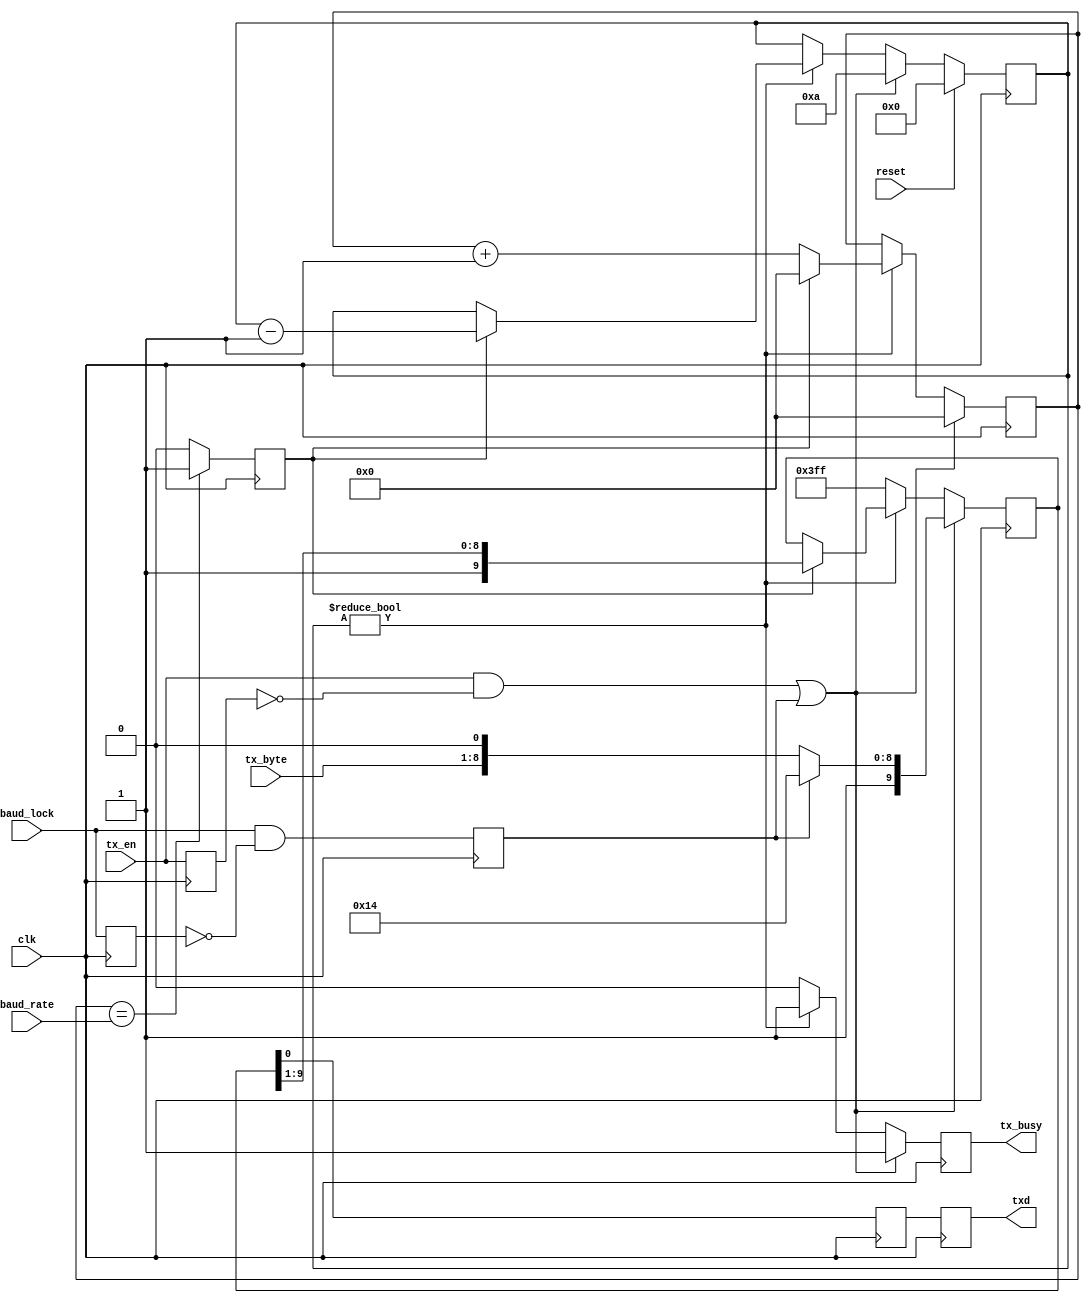
/* ****************************************************************************
-- (C) Copyright 2015 Black Mesa Labs
-- Source file: mesa_tx_uart.v                
-- Date:        June 1, 2015   
-- Author:      khubbard
-- Description: TX only 1/2 of UART for transmitting Wo bytes.
-- Language:    Verilog-2001 
-- License:     This project is licensed with the CERN Open Hardware Licence
--              v1.2.  You may redistribute and modify this project under the
--              terms of the CERN OHL v.1.2. (http://ohwr.org/cernohl).
--              This project is distributed WITHOUT ANY EXPRESS OR IMPLIED
--              WARRANTY, INCLUDING OF MERCHANTABILITY, SATISFACTORY QUALITY
--              AND FITNESS FOR A PARTICULAR PURPOSE. Please see the CERN OHL
--              v.1.2 for applicable Conditions.
--
-- RXD    \START/<D0><D1><D2><..><D7>/STOP
-- Design Statistics after Packing
-- en_clr_lock = 1;
--    Number of LUTs  : 190 / 384
--    Number of DFFs  : 110 / 384
--
-- Revision History:
-- Ver#  When      Who      What
-- ----  --------  -------- ---------------------------------------------------
-- 0.1   06.01.15  khubbard Creation
-- ***************************************************************************/
//`default_nettype none // Strictly enforce all nets to be declared
                                                                                
module mesa_tx_uart
(
  input  wire         reset,
  input  wire         clk,
  input  wire [7:0]   tx_byte,
  input  wire         tx_en,
  output reg          tx_busy,
  output reg          txd,
  input  wire         baud_lock,
  input  wire [15:0]  baud_rate
); // module mesa_tx_uart


  reg  [15:0]   tx_cnt_16b;
  reg  [3:0]    tx_bit_cnt;
  reg  [9:0]    tx_sr;
  reg           txd_loc;
  reg           tx_shift;
  reg           tx_now;
  reg           tx_en_p1;
  reg           baud_lock_p1;
  reg           send_lf;


//-----------------------------------------------------------------------------
// TX : Load 8bits into 10bit SR and shift out at the RX baud rate    
//-----------------------------------------------------------------------------
always @ ( posedge clk ) begin : proc_tx 
 begin
  tx_shift     <= 0;
  tx_busy      <= 0;
  txd          <= txd_loc;
  txd_loc      <= tx_sr[0];
  tx_now       <= 0;
  tx_en_p1     <= tx_en;
  baud_lock_p1 <= baud_lock;   
  send_lf      <= baud_lock & ~ baud_lock_p1;

  // Load a new Byte to send
  if ( ( tx_en == 1 && tx_en_p1 == 0 ) || ( send_lf == 1 )  ) begin
    tx_bit_cnt <= 4'd10;
    tx_cnt_16b <= 16'h0000;
    tx_busy    <= 1;
    tx_shift   <= 1;
    tx_sr[9:0] <= { 1'b1, tx_byte[7:0], 1'b0 };
    if ( send_lf == 1 ) begin
      tx_sr[9:0] <= { 1'b1, 8'h0A , 1'b0 };// Used for autobauding next node
    end 

  // Shift and send the byte until bit_cnt goes to 0
  end else if ( tx_bit_cnt != 4'd0 ) begin
    tx_cnt_16b <= tx_cnt_16b + 1;
    tx_busy    <= 1;
    if ( tx_now == 1 ) begin
      tx_shift   <= 1;
      tx_bit_cnt <= tx_bit_cnt[3:0] - 1;
      tx_cnt_16b <= 16'h0000;
      tx_sr[9:0] <= { 1'b1, tx_sr[9:1] };
    end
  end else begin
    tx_sr <= 10'H3FF;
  end

  if ( tx_cnt_16b[15:0] == baud_rate[15:0] ) begin
    tx_now <= 1;
  end

  if ( reset == 1 ) begin
    tx_bit_cnt <= 4'd0;
  end

 end
end // proc_tx


endmodule // mesa_tx_uart